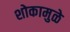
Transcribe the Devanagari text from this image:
शोकामुळे